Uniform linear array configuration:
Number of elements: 64
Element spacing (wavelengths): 0.5
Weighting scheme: blackman
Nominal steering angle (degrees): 60
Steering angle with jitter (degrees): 58.728
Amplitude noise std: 0.05
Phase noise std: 0.05

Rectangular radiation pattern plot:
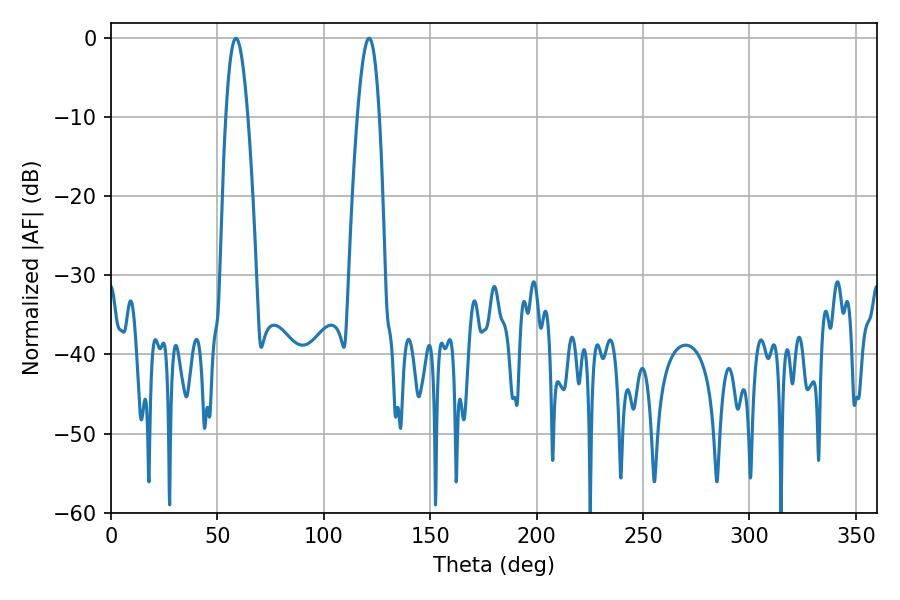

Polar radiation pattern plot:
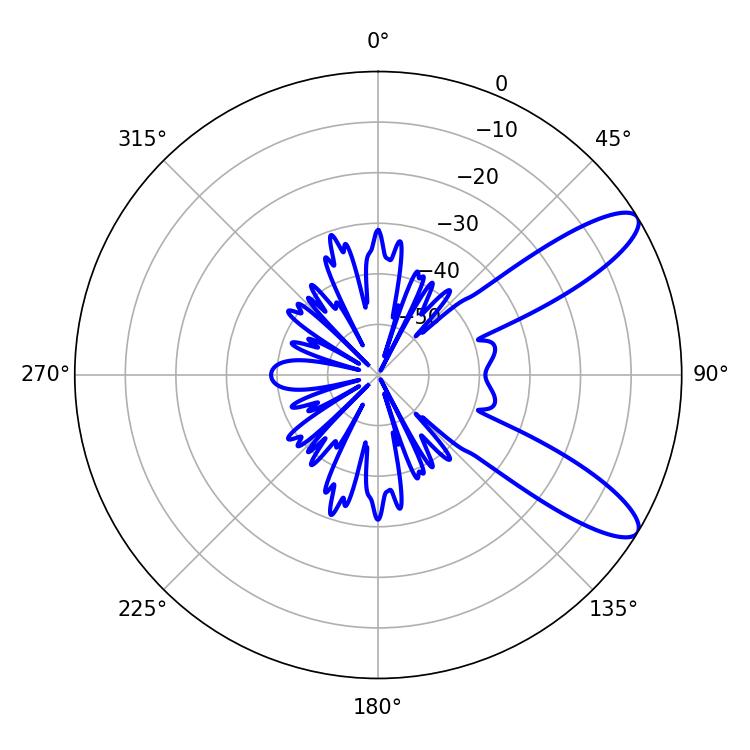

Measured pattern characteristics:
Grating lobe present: FALSE
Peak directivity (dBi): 10.379
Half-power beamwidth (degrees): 5.76
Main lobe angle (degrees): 58.68